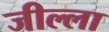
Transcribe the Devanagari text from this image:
जील्ला